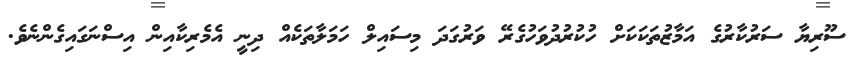
ސޫރިޔާ ސަރުކާރުގެެ އަމާޒުތަކަކަށް ހުކުރުދުވަހުގެރޭ ވަރުގަދަ މިސައިލްް ހަމަލާތަކެއް ދިނީ އެމެރިކާއިން އިސްނަގައިގެންނެވެ.